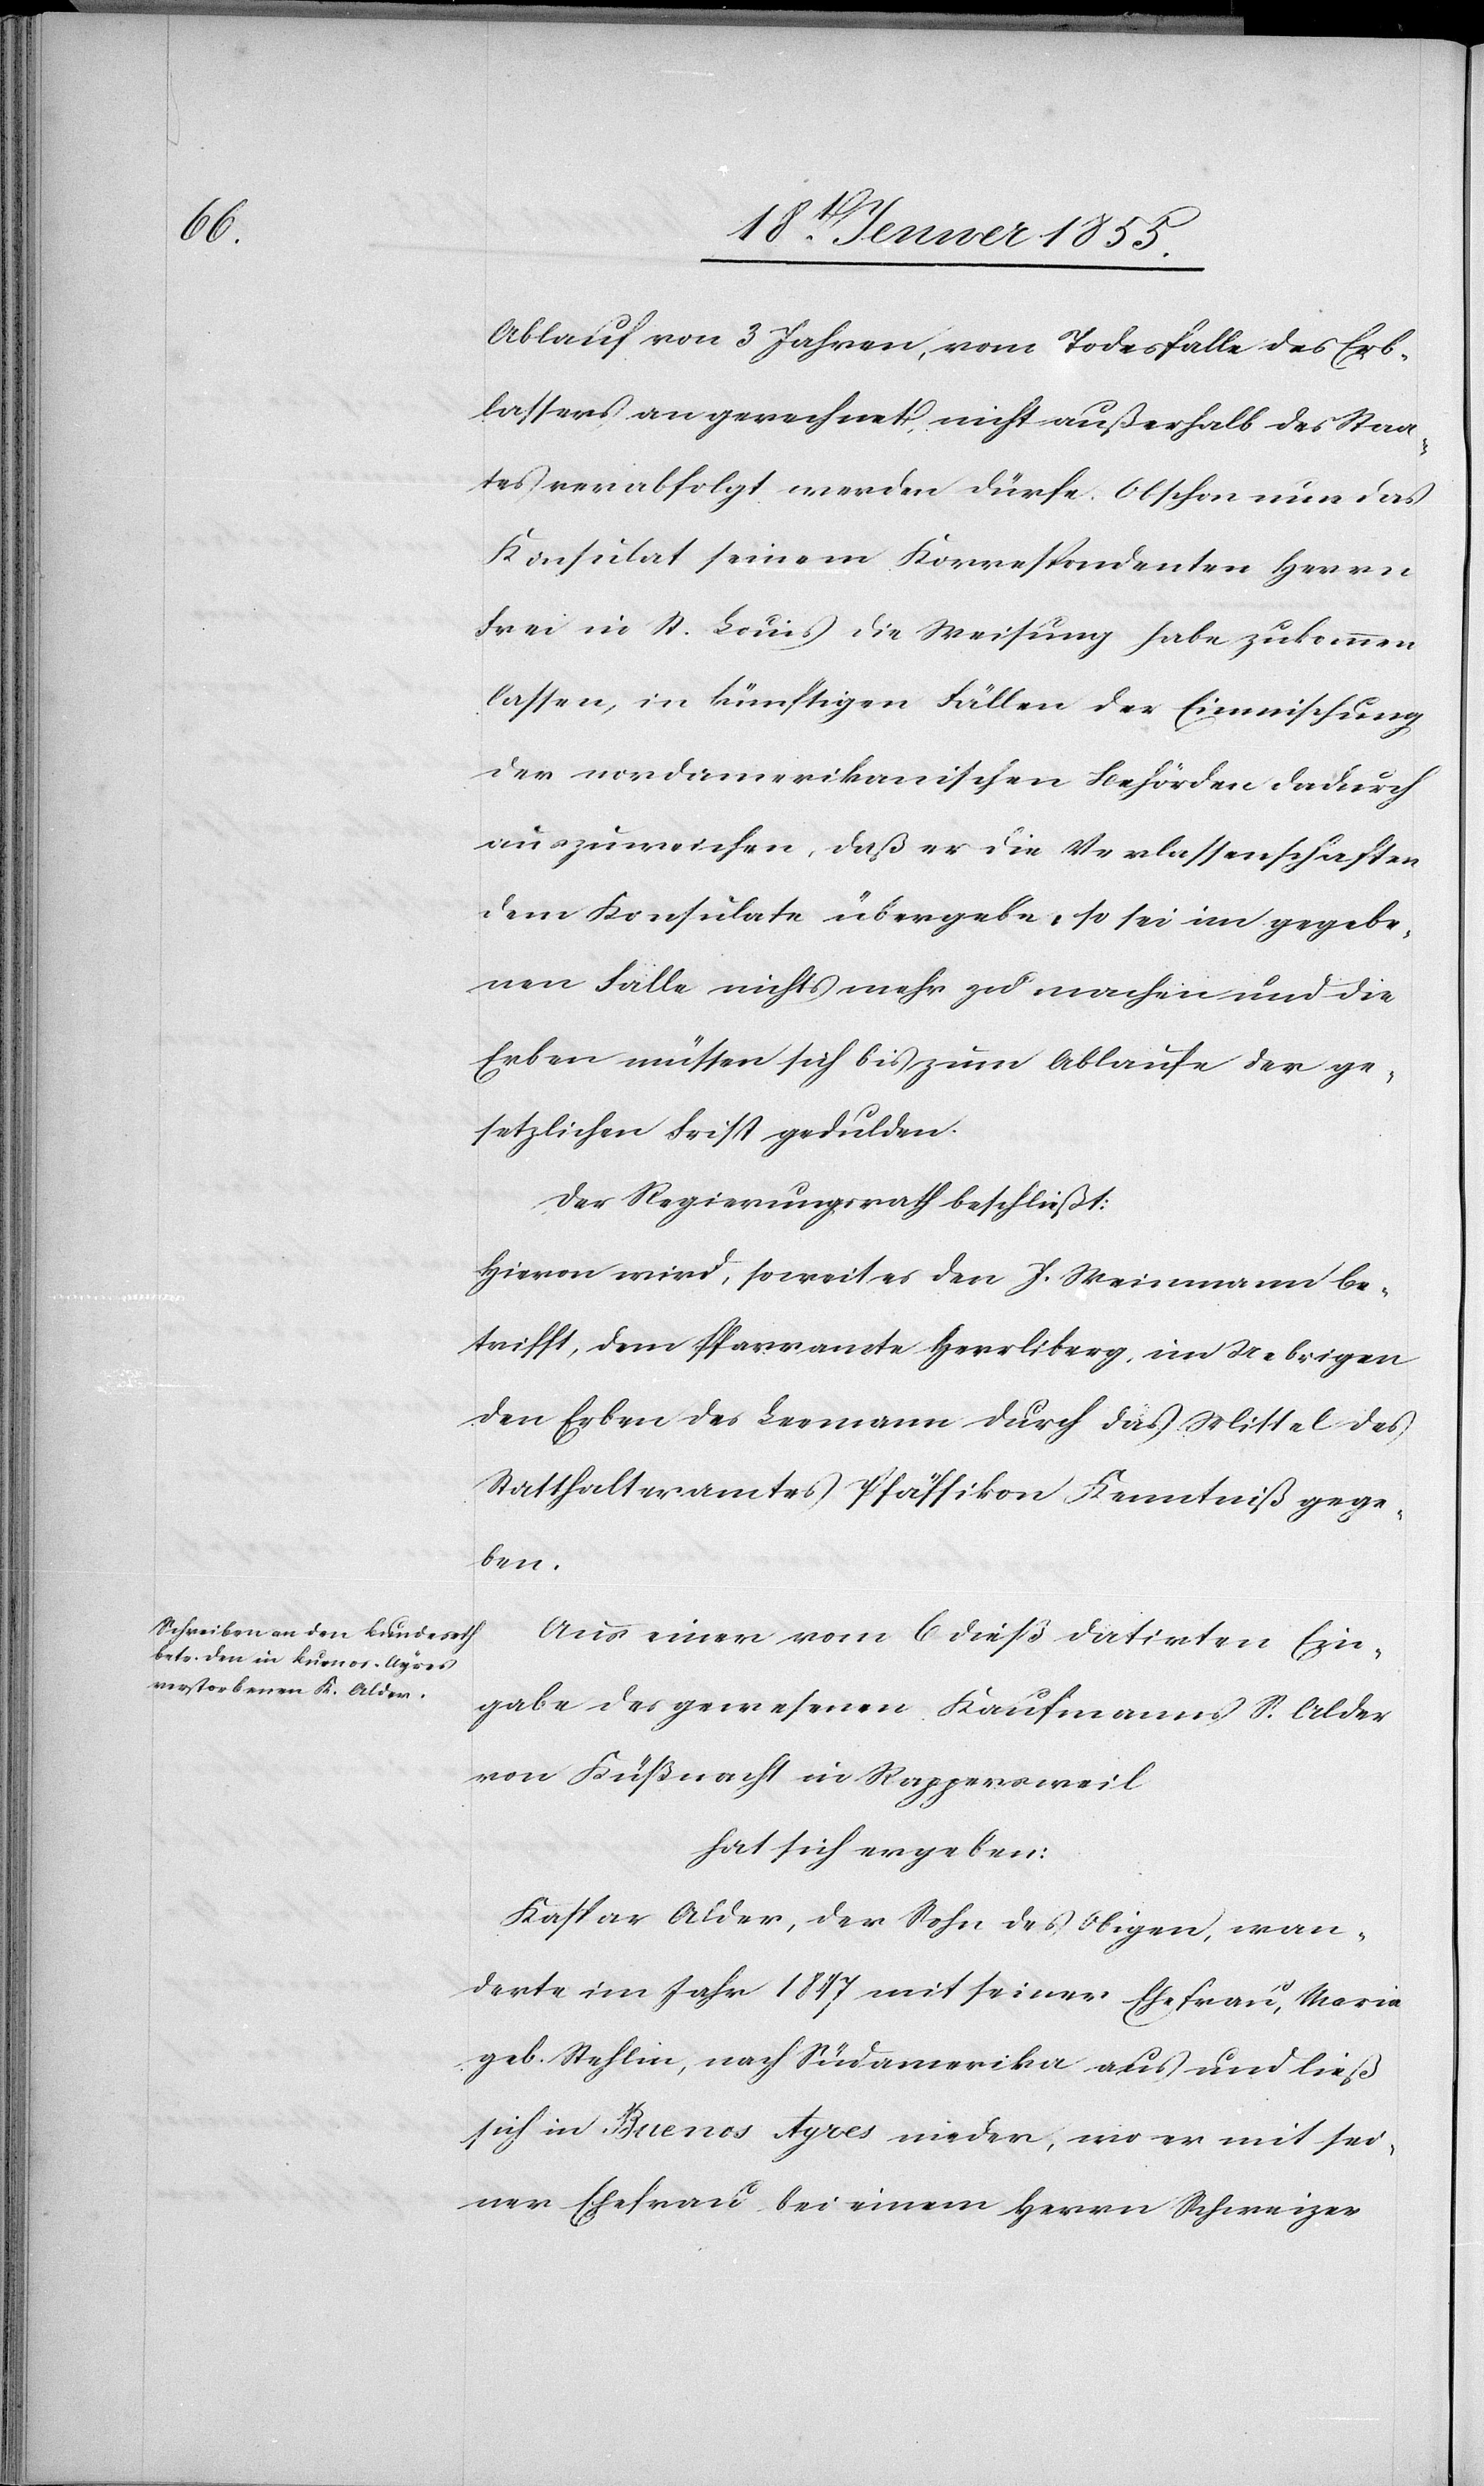
Ablauf von 3 Jahren, vom Todesfalle des Erb¬
lassers an gerechnet, nicht außerhalb des Staa¬
tes verabfolgt werden dürfe. Obschon nun das
Konsulat seinem Korrespondenten Herrn
Frei in St. Louis die Weisung habe zukommen
lassen, in künftigen Fällen der Einmischung
der nordamerikanischen Behörden dadurch
auszuweichen, daß er die Verlassenschaften
dem Konsulate übergebe, so sei im gegebe¬
nen Falle nichts mehr zu machen und die
Erben müssen sich bis zum Ablaufe der ge¬
setzlichen Frist gedulden.
Der Regierungsrath beschließt:
Hievon wird, soweit es den J. Weinmann be¬
trifft, dem Pfarramte Herrliberg, im Uebrigen
den Erben des Leemann durch das Mittel des
Statthalteramtes Pfäffikon Kenntniß gege¬
ben.
Aus einer vom 6 dieß datirten Ein¬
gabe des gewesenen Kaufmanns S. Alder
von Küßnacht in Rappersweil
hat sich ergeben:
Kaspar Alder, der Sohn des Obigen, wan¬
derte im Jahr 1847 mit seiner Ehefrau, Maria
geb. Stehlin, nach Südamerika aus und ließ
sich in Buenos Ayres nieder, wo er mit sei¬
ner Ehefrau bei einem Herrn Schweizer